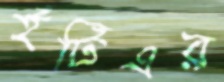
ইটিএর